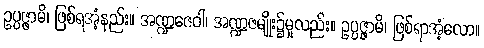
ဥပ္ပဇ္ဇာမိ၊ ဖြစ်ရအံ့နည်း။ အဏ္ဍဇေဝါ၊ အဏ္ဍဇမျိုး၌မူလည်း။ ဥပ္ပဇ္ဇာမိ၊ ဖြစ်ရာအံ့လော။